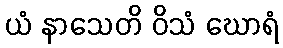
ယံ နာသေတိ ဝိသံ ဃောရံ